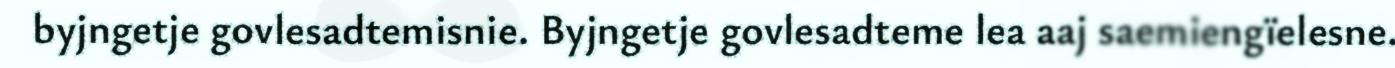
byjngetje govlesadtemisnie. Byjngetje govlesadteme lea aaj saemiengïelesne.